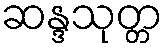
ဆန္ဒသုတ္တ